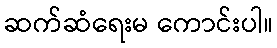
ဆက်ဆံရေးမ ကောင်းပါ။